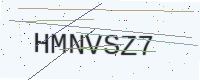
Text: HMNVSZ7